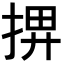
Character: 𢮅